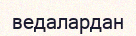
ведалардан